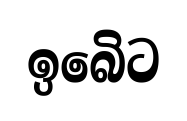
ඉබෙිට